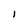
Character: 1